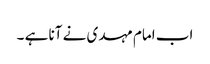
اب امام مہدی نے آنا ہے ۔